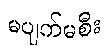
မပျက်မစီး